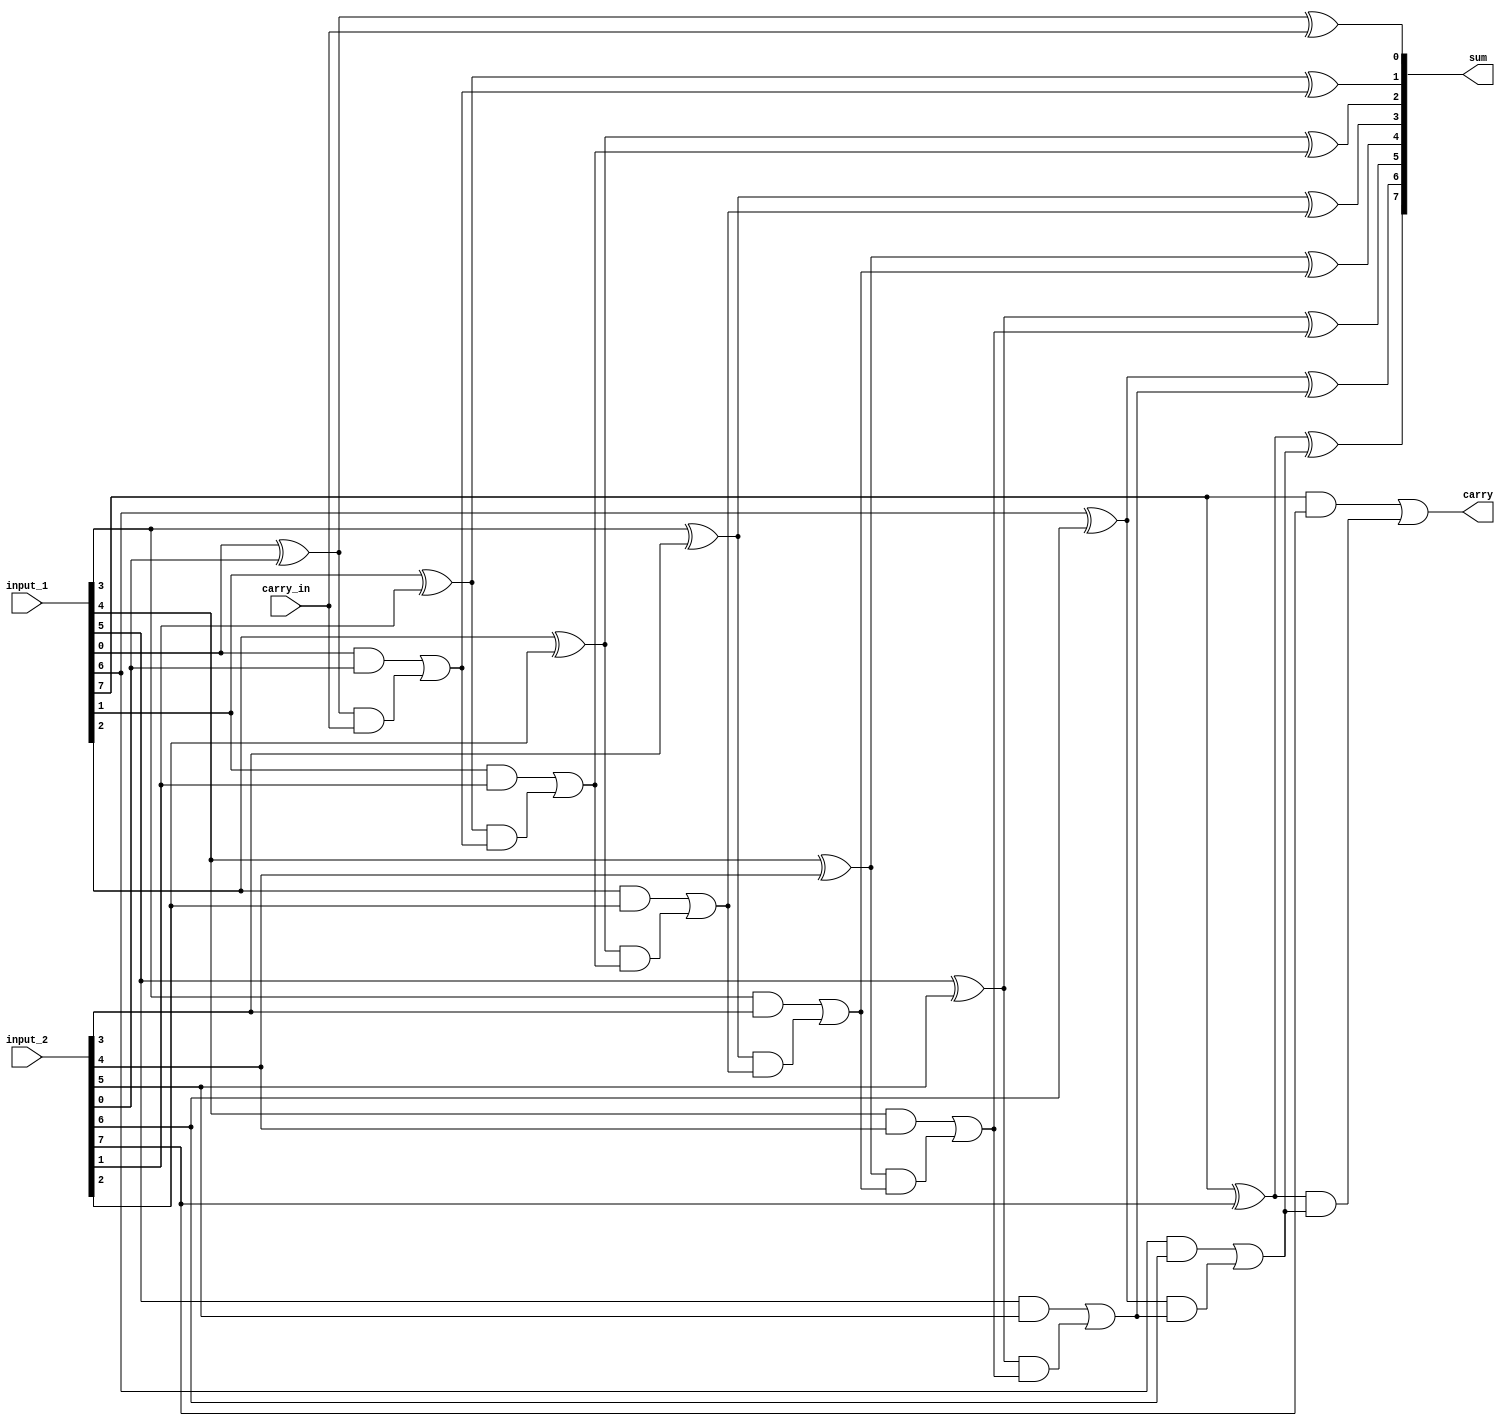
`timescale 1ns / 1ps
//////////////////////////////////////////////////////////////////////////////////
// Company: 
// Engineer: 
// 
// Design Name: 
// Module Name: look_ahead_adder_n_bit
// Project Name: 
// Target Devices: 
// Tool Versions: 
// Description: 
// 
// Dependencies: 
// 
// Revision:
// Revision 0.01 - File Created
// Additional Comments:
// 
//////////////////////////////////////////////////////////////////////////////////


module look_ahead_adder_n_bit(
    input_1, input_2, carry_in , sum, carry
    );
    
    parameter SIZE = 8;
    // SETUP ports
    input [SIZE-1:0] input_1,input_2;
    input carry_in;
    output [SIZE-1:0] sum;
    output carry;
    
    //intermediate signals
    wire [SIZE:0] carry_wire;
    wire  [SIZE-1:0]  carry_gen, carry_prop;
    
    // assign values
    assign carry_wire[0] = carry_in;
    
    // generating the sum and cary signals
    genvar i;
    generate
    for (i = 0; i < SIZE; i = i+1) begin
        assign carry_prop[i] = input_1[i] ^ input_2[i];
        assign carry_gen[i] = input_1[i] & input_2[i];
        assign sum[i] = carry_prop[i] ^ carry_wire[i];
    end
    endgenerate
    
    // carry signals
    genvar j;
    generate
    for (j = 0; j < SIZE; j = j+1) begin
        assign carry_wire[j+1] = carry_gen[j] | (carry_prop[j] & carry_wire[j]) ;
    end
    endgenerate
    
    assign carry = carry_wire[SIZE];
    
    
endmodule